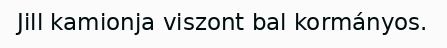
Jill kamionja viszont bal kormányos.